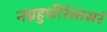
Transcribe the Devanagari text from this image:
नग्नहुधीर्रस्तसरं